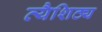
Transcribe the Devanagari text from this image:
व्यैशिठ्य